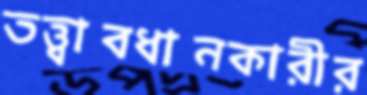
তত্ত্বাবধানকারীর